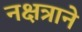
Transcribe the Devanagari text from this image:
नक्षत्राने